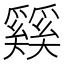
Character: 𰋴